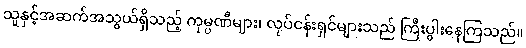
သူနှင့်အဆက်အသွယ်ရှိသည့် ကုမ္ပဏီများ၊ လုပ်ငန်းရှင်များသည် ကြီးပွါးနေကြသည်။